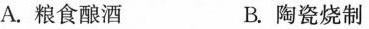
A.粮食酿酒 B.陶瓷烧制